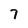
Character: 7